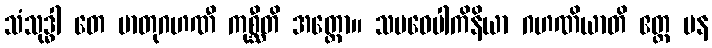
သံသုဒ္ဓါ တေ မာတုဂဟဏီ ကုစ္ဆီတိ အတ္ထော။ သမဝေပါကိနိယာ ဂဟဏိယာတိ ဧတ္ထ ပန